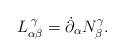
LaTeX: \begin{align*} L^{\:\gamma}_{\alpha\beta} = \dot{\partial}_\alpha N^\gamma_\beta.\end{align*}